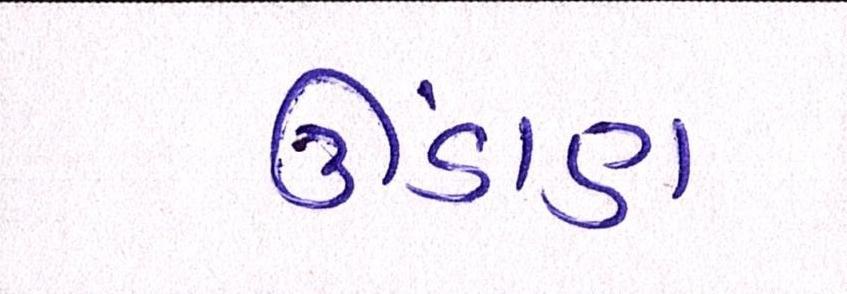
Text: ઊંડાણ